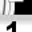
Digit: 1